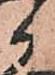
候